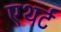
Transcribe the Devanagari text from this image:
एथर्ट